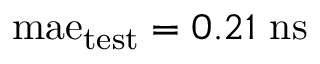
\mathrm { m a e } _ { \mathrm { t e s t } } = 0 . 2 1 ~ \mathrm { n s }